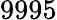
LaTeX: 9995